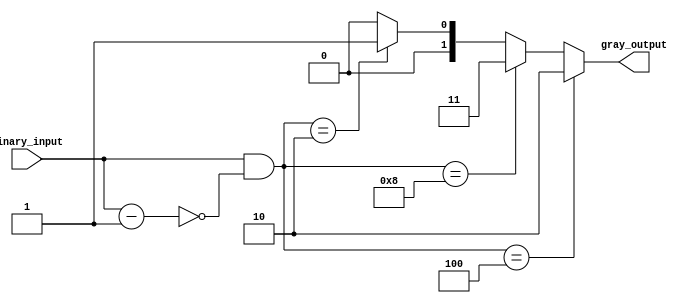
module gray_code_encoder (
    input [3:0] binary_input,
    output [1:0] gray_output
);

wire [3:0] priority_bits;
assign priority_bits = binary_input & ~ (binary_input - 1);

assign gray_output = (priority_bits == 4) ? 2 :
                     (priority_bits == 8) ? 3 :
                     (priority_bits == 2) ? 1 : 0;
                     
endmodule